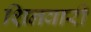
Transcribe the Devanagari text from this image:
शिनवारी